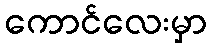
ကောင်လေးမှာ